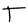
Character: T